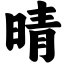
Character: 晴